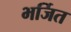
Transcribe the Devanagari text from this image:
भर्जित